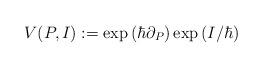
LaTeX: \begin{align*} V(P, I) := \exp\left(\hbar \partial_P\right)\exp\left(I /\hbar\right)\end{align*}